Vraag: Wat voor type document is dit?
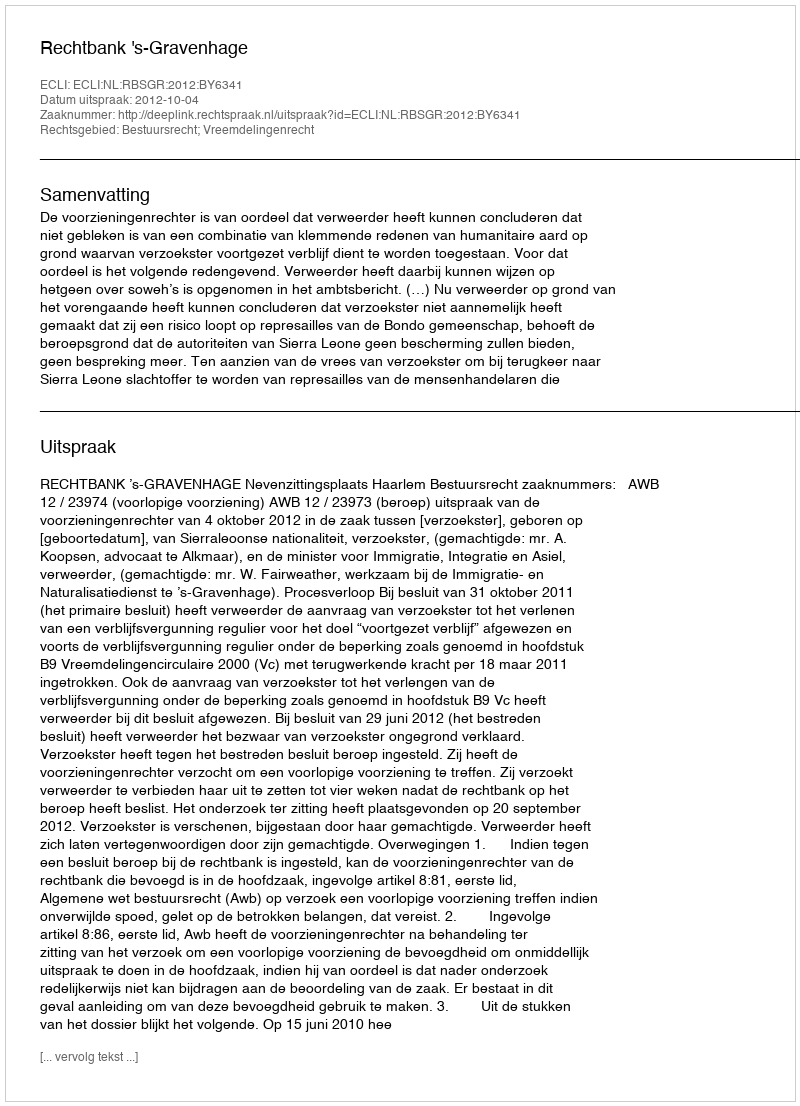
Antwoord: Uitspraak